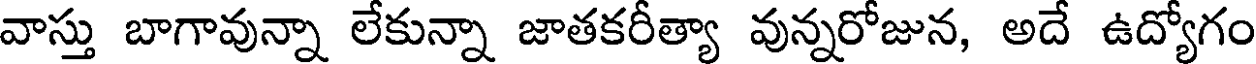
వాస్తు బాగావున్నా లేకున్నా జాతకరీత్యా వున్నరోజున, అదే ఉద్యోగం